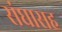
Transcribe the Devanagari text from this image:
संघासह